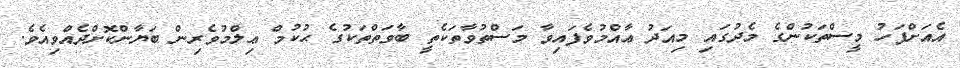
އެއަށްފަހު މީސްތަކުންގެ މެދުގައި މިއަދު ޢާއްމުވެފައިވާ މަސްތުވާތަކެތީ ބާވަތްތަކުގެ ޙުކުމް ޢިލްމުވެރިން ބަޔާންކޮށްދެއްވިއެވެ.